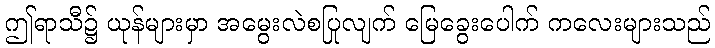
ဤရာသီ၌ ယုန်များမှာ အမွေးလဲစပြုလျက် မြေခွေးပေါက် ကလေးများသည်